Medical and sanitary report of the native army of Madras for the year
Year: 1872
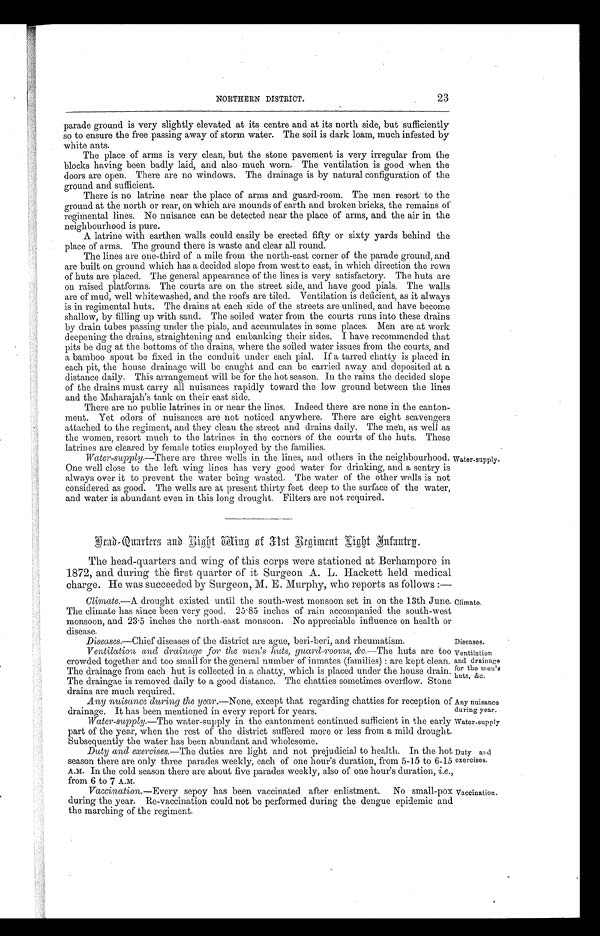
Ventilation
and drainage
for the men's
huts, &c.
Any nuisance
during year.
Water-supply
Duty and
exercises.
23
NORTHERN DISTRICT.
parade ground is very slightly elevated at its centre and at its north side, but sufficiently
so to ensure the free passing away of storm water. The soil is dark loam, much infested by
white ants.
The place of arms is very clean, but the stone pavement is very irregular from the
blocks having been badly laid, and also much worn. The ventilation is good when the
doors are open. There are no windows. The drainage is by natural configuration of the
ground and sufficient.
There is no latrine near the place of arms and guard-room. The men resort to the
ground at the north or rear, on which are mounds of earth and broken bricks, the remains of
regimental lines. No nuisance can be detected near the place of arms, and the air in the
neighbourhood is pure.
A latrine with earthen walls could easily be erected fifty or sixty yards behind the
place of arms. The ground there is waste and clear all round.
The lines are one-third of a mile from the north-east corner of the parade ground, and
are built on ground which has a decided slope from west to east, in which direction the rows
of huts are placed. The general appearance of the lines is very satisfactory. The huts are
on raised platforms. The courts are on the street side, and have good pials. The walls
are of mud, well whitewashed, and the roofs are tiled. Ventilation is deficient, as it always
is in regimental huts. The drains at each side of the streets are unlined, and have become
shallow, by filling up with sand. The soiled water from the courts runs into these drains
by drain tubes passing under the pials, and accumulates in some places. Men are at work
deepening the drains, straightening and embanking their sides. I have recommended that
pits be dug at the bottoms of the drains, where the soiled water issues from the courts, and
a bamboo spout be fixed in the conduit under each pial. If a tarred chatty is placed in
each pit, the house drainage will be caught and can be carried away and deposited at a
distance daily. This arrangement will be for the hot season. In the rains the decided slope
of the drains must carry all nuisances rapidly toward the low ground between the lines
and the Maharajah's tank on their east side.
There are no public latrines in or near the lines. Indeed there are none in the canton
-ment. Yet odors of nuisances are not noticed anywhere. There are eight scavengers
attached to the regiment, and they clean the street and drains daily. The men, as well as
the women, resort much to the latrines in the corners of the courts of the huts. These
latrines are cleared by female toties employed by the families.
Water-supply.— There are three wells in the lines, and others in the neighbourhood.
One well close to the left wing lines has very good water for drinking, and a sentry is
always over it to prevent the water being wasted. The water of the other wells is not
considered as good. The wells are at present thirty feet deep to the surface of the water,
and water is abundant even in this long drought. Filters are not required.
Water-supply.
Head-Quarters and Right King of 31st
Regiment Right Infantry.
The head-quarters and wing of this corps were stationed at Berhampore in
1872, and during the first quarter of it Surgeon A. L. Hackett held medical
charge. He was succeeded by Surgeon, M. E. Murphy, who reports as follows:—
Climate.— A drought existed until the south-west monsoon set in on the 13th June.
The climate has since been very good. 25.85 inches of rain accompanied the south-west
monsoon, and 23.5 inches the north-east monsoon. No appreciable influence on health or
disease.
Climate.
Diseases.— Chief diseases of the district are ague, beri -beri, and rheumatism.
Diseases.
Ventilation and drainage, for the men's huts, guard-rooms, & c.—The huts are too
crowded together and too small for the general number of inmates (families): are kept clean.
The drainage from each hut is collected in a chatty, which is placed under the house drain.
The draingae is removed daily to a good distance. The chatties sometimes overflow. Stone
drains are much required.
Any nuisance during the year.—None, except that regarding chatties for reception of
drainage. It has been mentioned in every report for years.
_
Water-supply.—The water-supply in the cantonment continued sufficient in the early
part of the year, when the rest of the district suffered more or less from a mild drought.
Subsequently the water has been abundant and wholesome.
Duty and exercises.— The duties are light and not prejudicial to health. In the hot
season there are only three parades weekly, each of one hour's duration, from 5-15 to 6-15
A.M. In the cold season there are about five parades weekly, also of one hour's duration, i.e . ,
from 6 to 7 A.M.
Vaccination.— Every sepoy has been vaccinated after enlistment. No small-pox
during the year. Re-vaccination could not be performed during the dengue epidemic and
the marching of the regiment.
Vaccination.